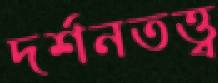
দর্শনতত্ত্ব